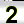
Digit: 2